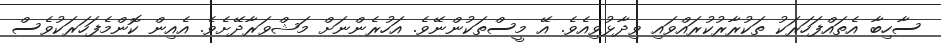
ސާހިބާ އެތައްފަހަރަކު ތަކުރާރުކުރައްވައި ވިދާޅުވިއެވެ. އޭ މީސްތަކުންނޭވެ. އަހުރެންނަށް މަޝްވަރާދޭށެވެ. އެއިން ކޮންމެފަހަރަކުވެސް